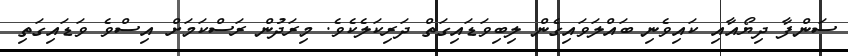
ސަންފާ ދިޔޯއާއި ކައިވެނި ބައްލަވައިގެން ލިބިވަޑައިގަތް ދަރިކަލެކެވެ. މިރަދުން ރަސްކަމަށް އިސްވެ ވަޑައިގަތި